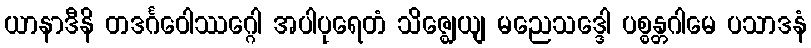
ယာနာဒီနိ တဒင်္ဂဝေါဿဂ္ဂေါ အပါပုရေတံ သိဇ္ဈေယျ မညေသဒ္ဒေါ ပစ္စန္တဂါမေ ပသာဒနံ